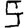
Digit: 5